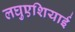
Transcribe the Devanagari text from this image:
लघुएशियाई